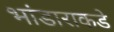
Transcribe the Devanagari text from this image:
भांडाराकडे